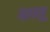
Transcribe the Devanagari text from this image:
कलू